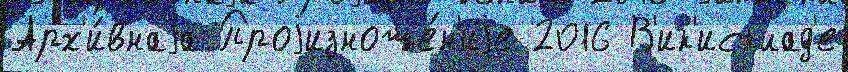
Арх'и́внаjа Проjизноше́н'иjе 2016 В'ик'исклад'е